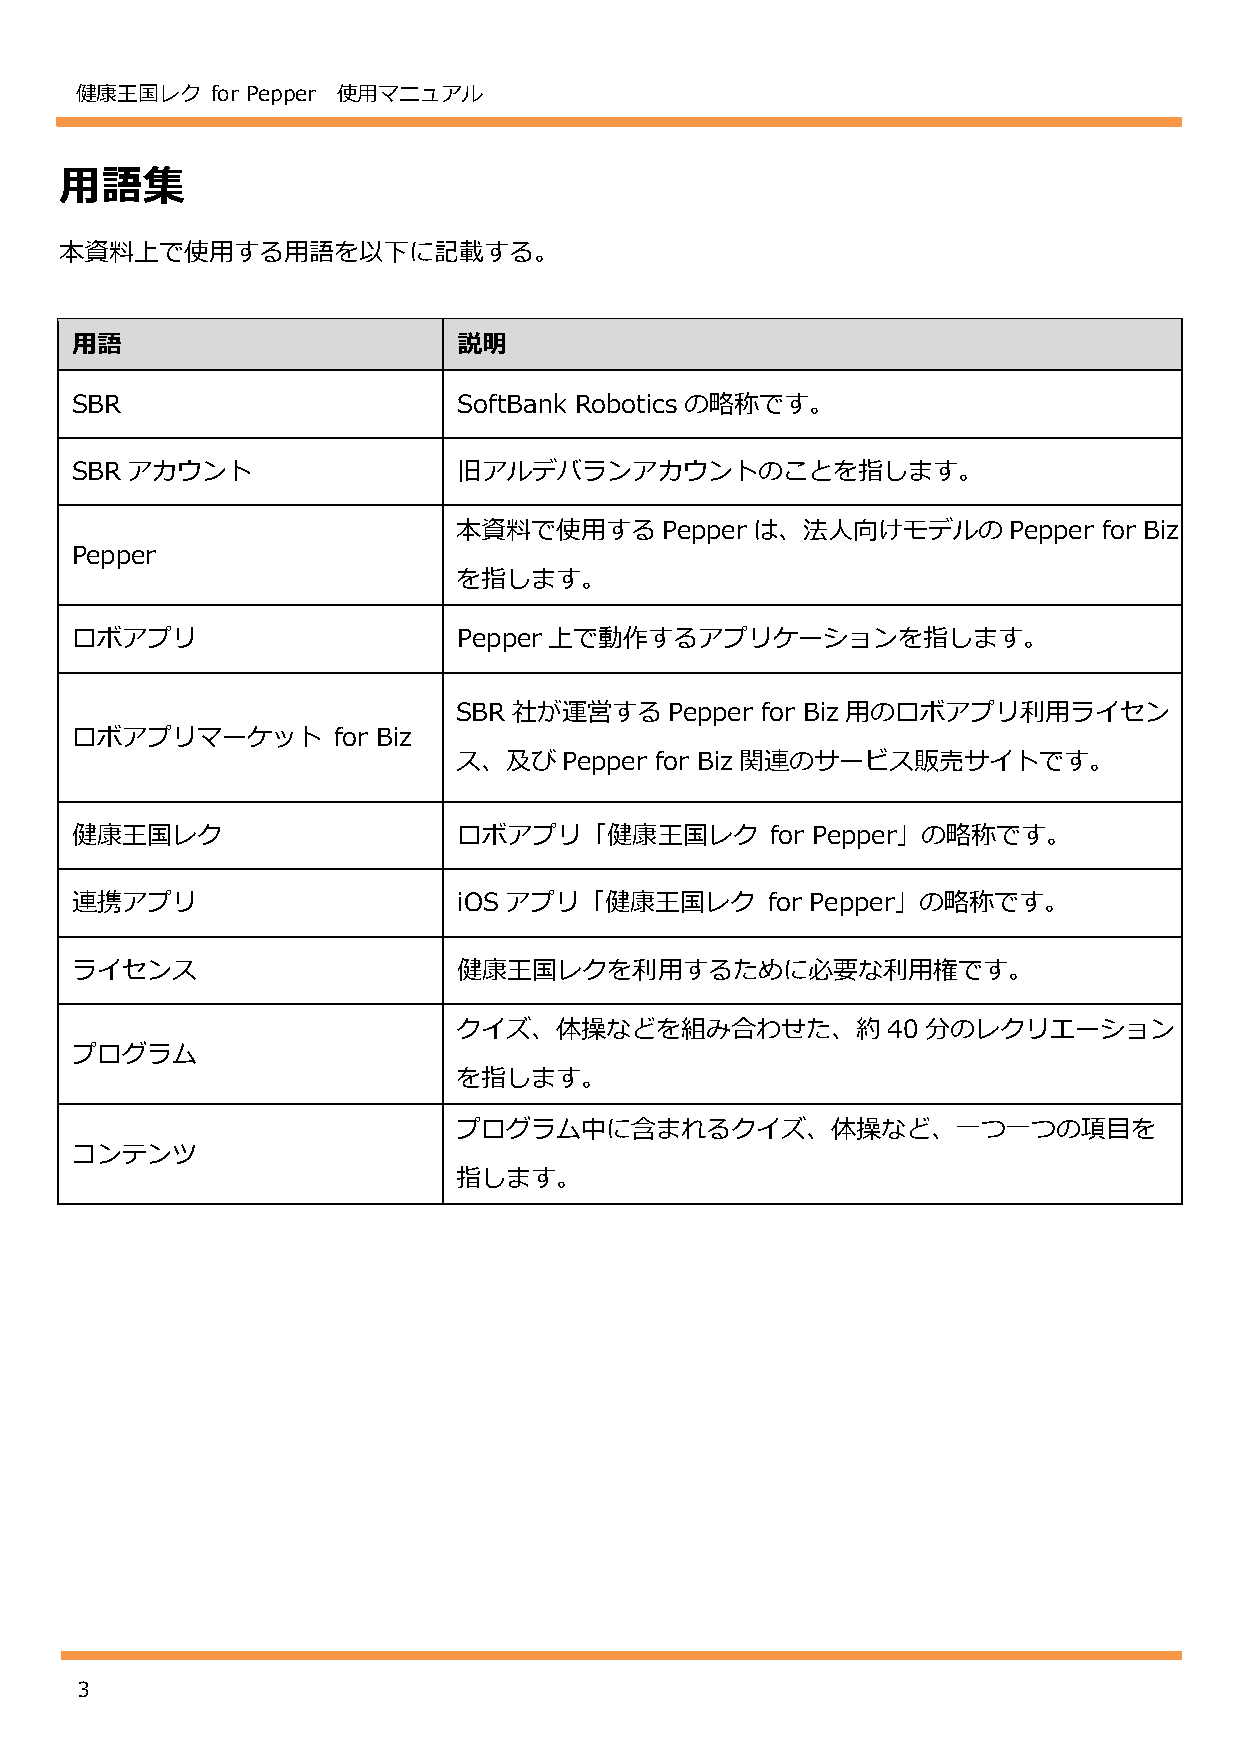
健康王国レク   for Pepper 使用マニュアル
 用語集
 本資料上で使用する用語を以下に記載する。
 用語                       説明
 SBR                      SoftBank Robotics の略称です。
 SBRアカウント                 旧アルデバランアカウントのことを指します。
 本資料で使用する      Pepperは、法人向けモデルの       Pepper for Biz
 Pepper
 を指します。
 ロボアプリ                    Pepper 上で動作するアプリケーションを指します。
 SBR社が運営する     Pepper for Biz 用のロボアプリ利用ライセン
 ロボアプリマーケット       for Biz
 ス、及びPepper   for Biz 関連のサービス販売サイトです。
 健康王国レク                   ロボアプリ「健康王国レク         for Pepper」の略称です。
 連携アプリ                    iOSアプリ「健康王国レク        for Pepper」の略称です。
 ライセンス                    健康王国レクを利用するために必要な利用権です。
 クイズ、体操などを組み合わせた、約            40 分のレクリエーション
 プログラム
 を指します。
 プログラム中に含まれるクイズ、体操など、一つ一つの項目を
 コンテンツ
 指します。
 3